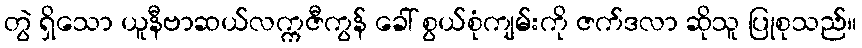
တွဲ ရှိသော ယူနီဗာဆယ်လက္ကဇီကွန် ခေါ် စွယ်စုံကျမ်းကို ဇက်ဒလာ ဆိုသူ ပြုစုသည်။